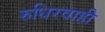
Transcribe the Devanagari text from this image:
रुधिरवाही